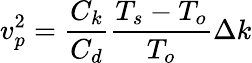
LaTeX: v_{p}^{2}={\frac{C_{k}}{C_{d}}}{\frac{T_{s}-T_{o}}{T_{o}}}\Delta k